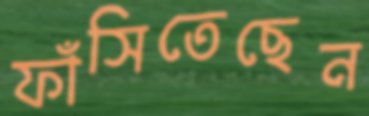
ফাঁসিতেছেন